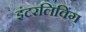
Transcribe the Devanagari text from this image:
इंटरलिविंग